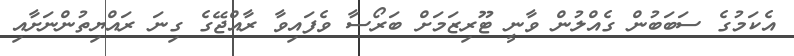
އެކަމުގެ ސަބަބުން ގެއްލުން ވާނީ ޓޫރިޒަމަށް ބަރޯސާ ވެފައިވާ ރާއްޖޭގެ ގިނަ ރައްޔިތުންނަށާއި